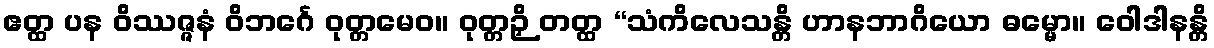
ဧတ္ထ ပန ဝိဿဇ္ဇနံ ဝိဘင်္ဂေ ဝုတ္တမေဝ။ ဝုတ္တဉှိ တတ္ထ “သံကိလေသန္တိ ဟာနဘာဂိယော ဓမ္မော။ ဝေါဒါနန္တိ